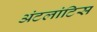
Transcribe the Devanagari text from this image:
अंटलांटिस